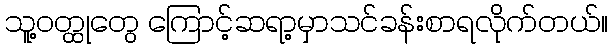
သူ့ဝတ္ထုတွေ ကြောင့်ဆရာ့မှာသင်ခန်းစာရလိုက်တယ်။